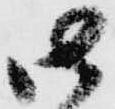
御